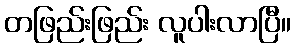
တဖြည်းဖြည်း လူပါးလာပြီ။